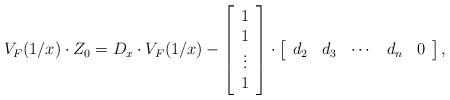
LaTeX: \begin{align*}V_F(1/x) \cdot Z_0 =D_x \cdot V_F(1/x) - \left[\begin{array}{c}1 \\1 \\\vdots \\1 \\ \end{array}\right]\cdot\left[\begin{array}{ccccc}d_2 &d_3 &\cdots &d_n &0 \end{array}\right],\end{align*}